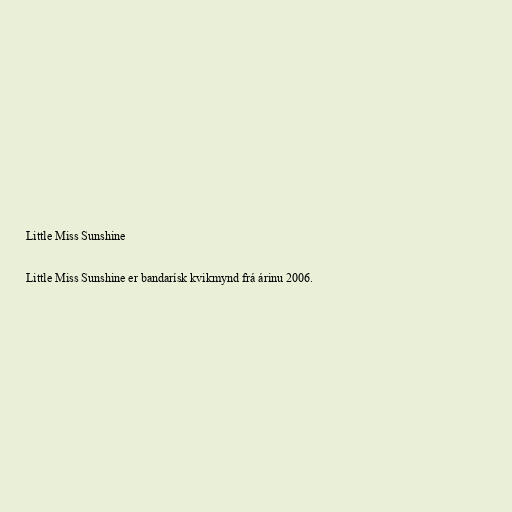
Little Miss Sunshine

Little Miss Sunshine er bandarísk kvikmynd frá árinu 2006.